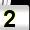
Digit: 2